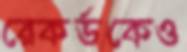
রেকর্ডকেও